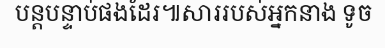
បន្តបន្ទាប់ផងដែរ៕សាររបស់អ្នកនាង ទូច